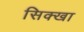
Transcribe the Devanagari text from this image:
सिक्खा